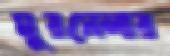
মুরসেলার